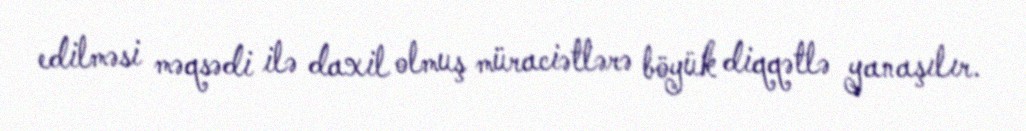
edilməsi məqsədi ilə daxil olmuş müraciətlərə böyük diqqətlə yanaşılır.